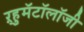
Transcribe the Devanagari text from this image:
ऱ्हुमॅटॉलॉजी